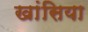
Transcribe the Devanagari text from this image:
खांसिया